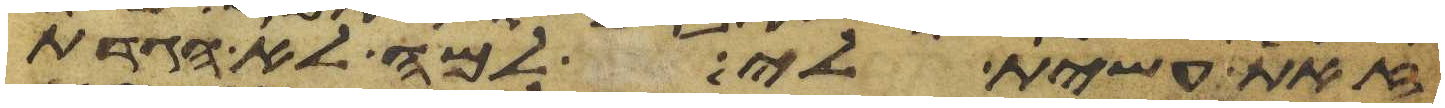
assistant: זאת עשית לי למה לא הגדת